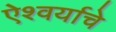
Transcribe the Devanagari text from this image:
ऐश्वर्याचे